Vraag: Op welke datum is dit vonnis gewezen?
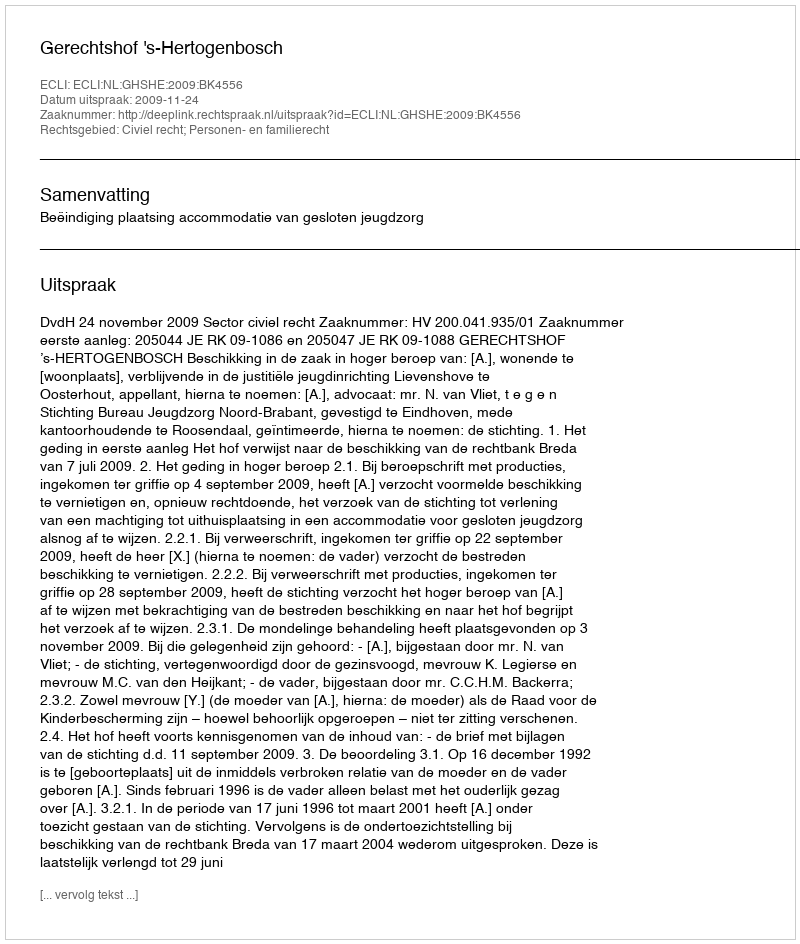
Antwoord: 2009-11-24